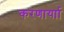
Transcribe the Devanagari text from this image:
करणार्याा